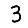
Digit: 3